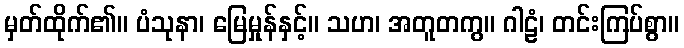
မှတ်ထိုက်၏။ ပံသုနာ၊ မြေမှုန်နှင့်။ သဟ၊ အတူတကွ။ ဂါဠံ၊ တင်းကြပ်စွာ။